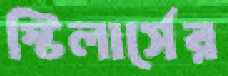
স্টিলার্সের